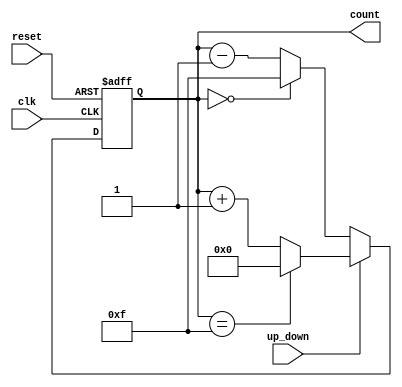
module up_down_counter (
    input wire clk,          // Clock signal
    input wire up_down,      // Up/Down control signal
    input wire reset,        // Asynchronous reset signal
    output reg [N-1:0] count // Count output (N bits wide)
);
    
    parameter N = 4; // Define the width of the counter (e.g., 4 bits for a max count of 15)

    always @(posedge clk or posedge reset) begin
        if (reset) begin
            count <= 0; // Reset count to 0
        end else begin
            if (up_down) begin
                // Count up
                if (count == (2**N - 1)) begin
                    count <= 0; // Wrap around to 0
                end else begin
                    count <= count + 1; // Increment count
                end
            end else begin
                // Count down
                if (count == 0) begin
                    count <= (2**N - 1); // Wrap around to max value
                end else begin
                    count <= count - 1; // Decrement count
                end
            end
        end
    end

endmodule